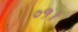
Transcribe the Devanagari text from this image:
०१।